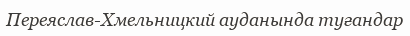
Переяслав-Хмельницкий ауданында туғандар